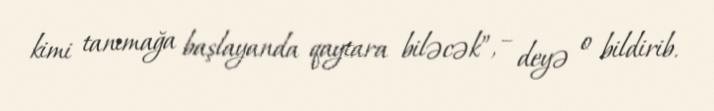
kimi tanımağa başlayanda qaytara biləcək”, – deyə o bildirib.